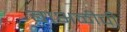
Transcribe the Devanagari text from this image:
बाभळीची